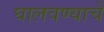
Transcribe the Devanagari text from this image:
घालवण्याचे